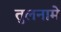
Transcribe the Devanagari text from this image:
तुलनामे